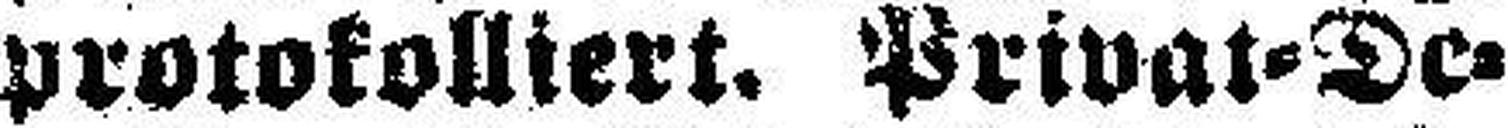
protokolliert. Privat=De¬